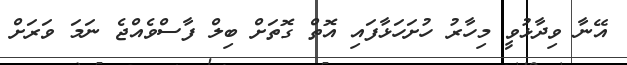
އޭނާ ވިދާޅުވީ މިހާރު ހުށަހަޅާފައި އޮތް ގޮތަށް ބިލް ފާސްވެއްޖެ ނަމަ ވަރަށް